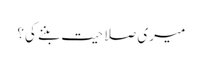
میری صلاحیت بننے کی؟